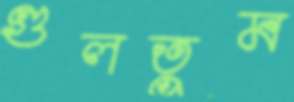
গুলতুম